Annual report of the Bengal Veterinary College, and of the Civil Veterinary Department, Bengal, for the year 1901-1902 - 1901-1902
Year: 1901
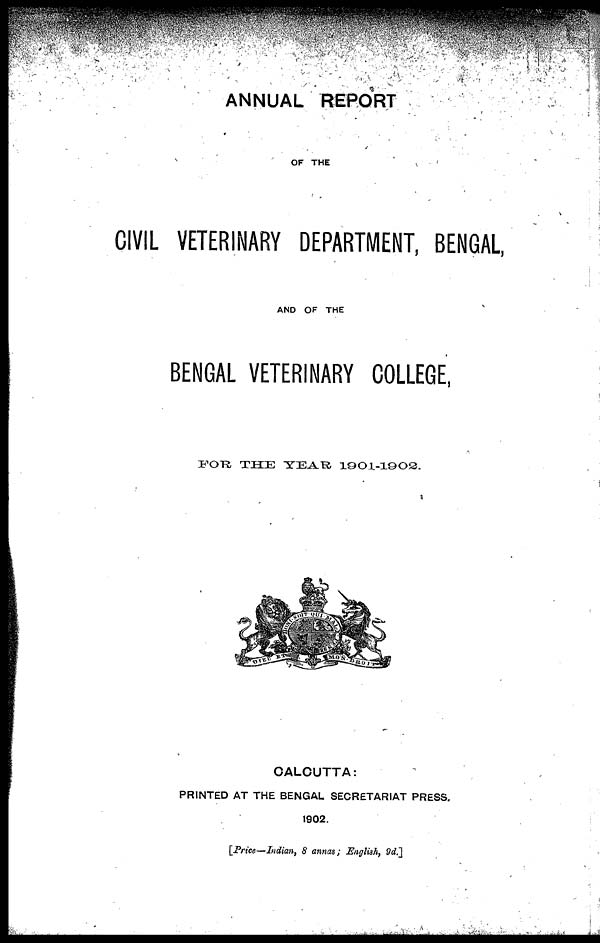
ANNUAL REPORT
OF THE
CIVIL VETERINARY DEPARTMENT, BENGAL,
AND OF THE
BENGAL VETERINARY COLLEGE,
FOR
THE YEAR 1901-1902.
CALCUTTA:
PRINTED AT THE BENGAL SECRETARIAT PRESS,
1902.
[Price—Indian, 8 annas; English, 9d.]